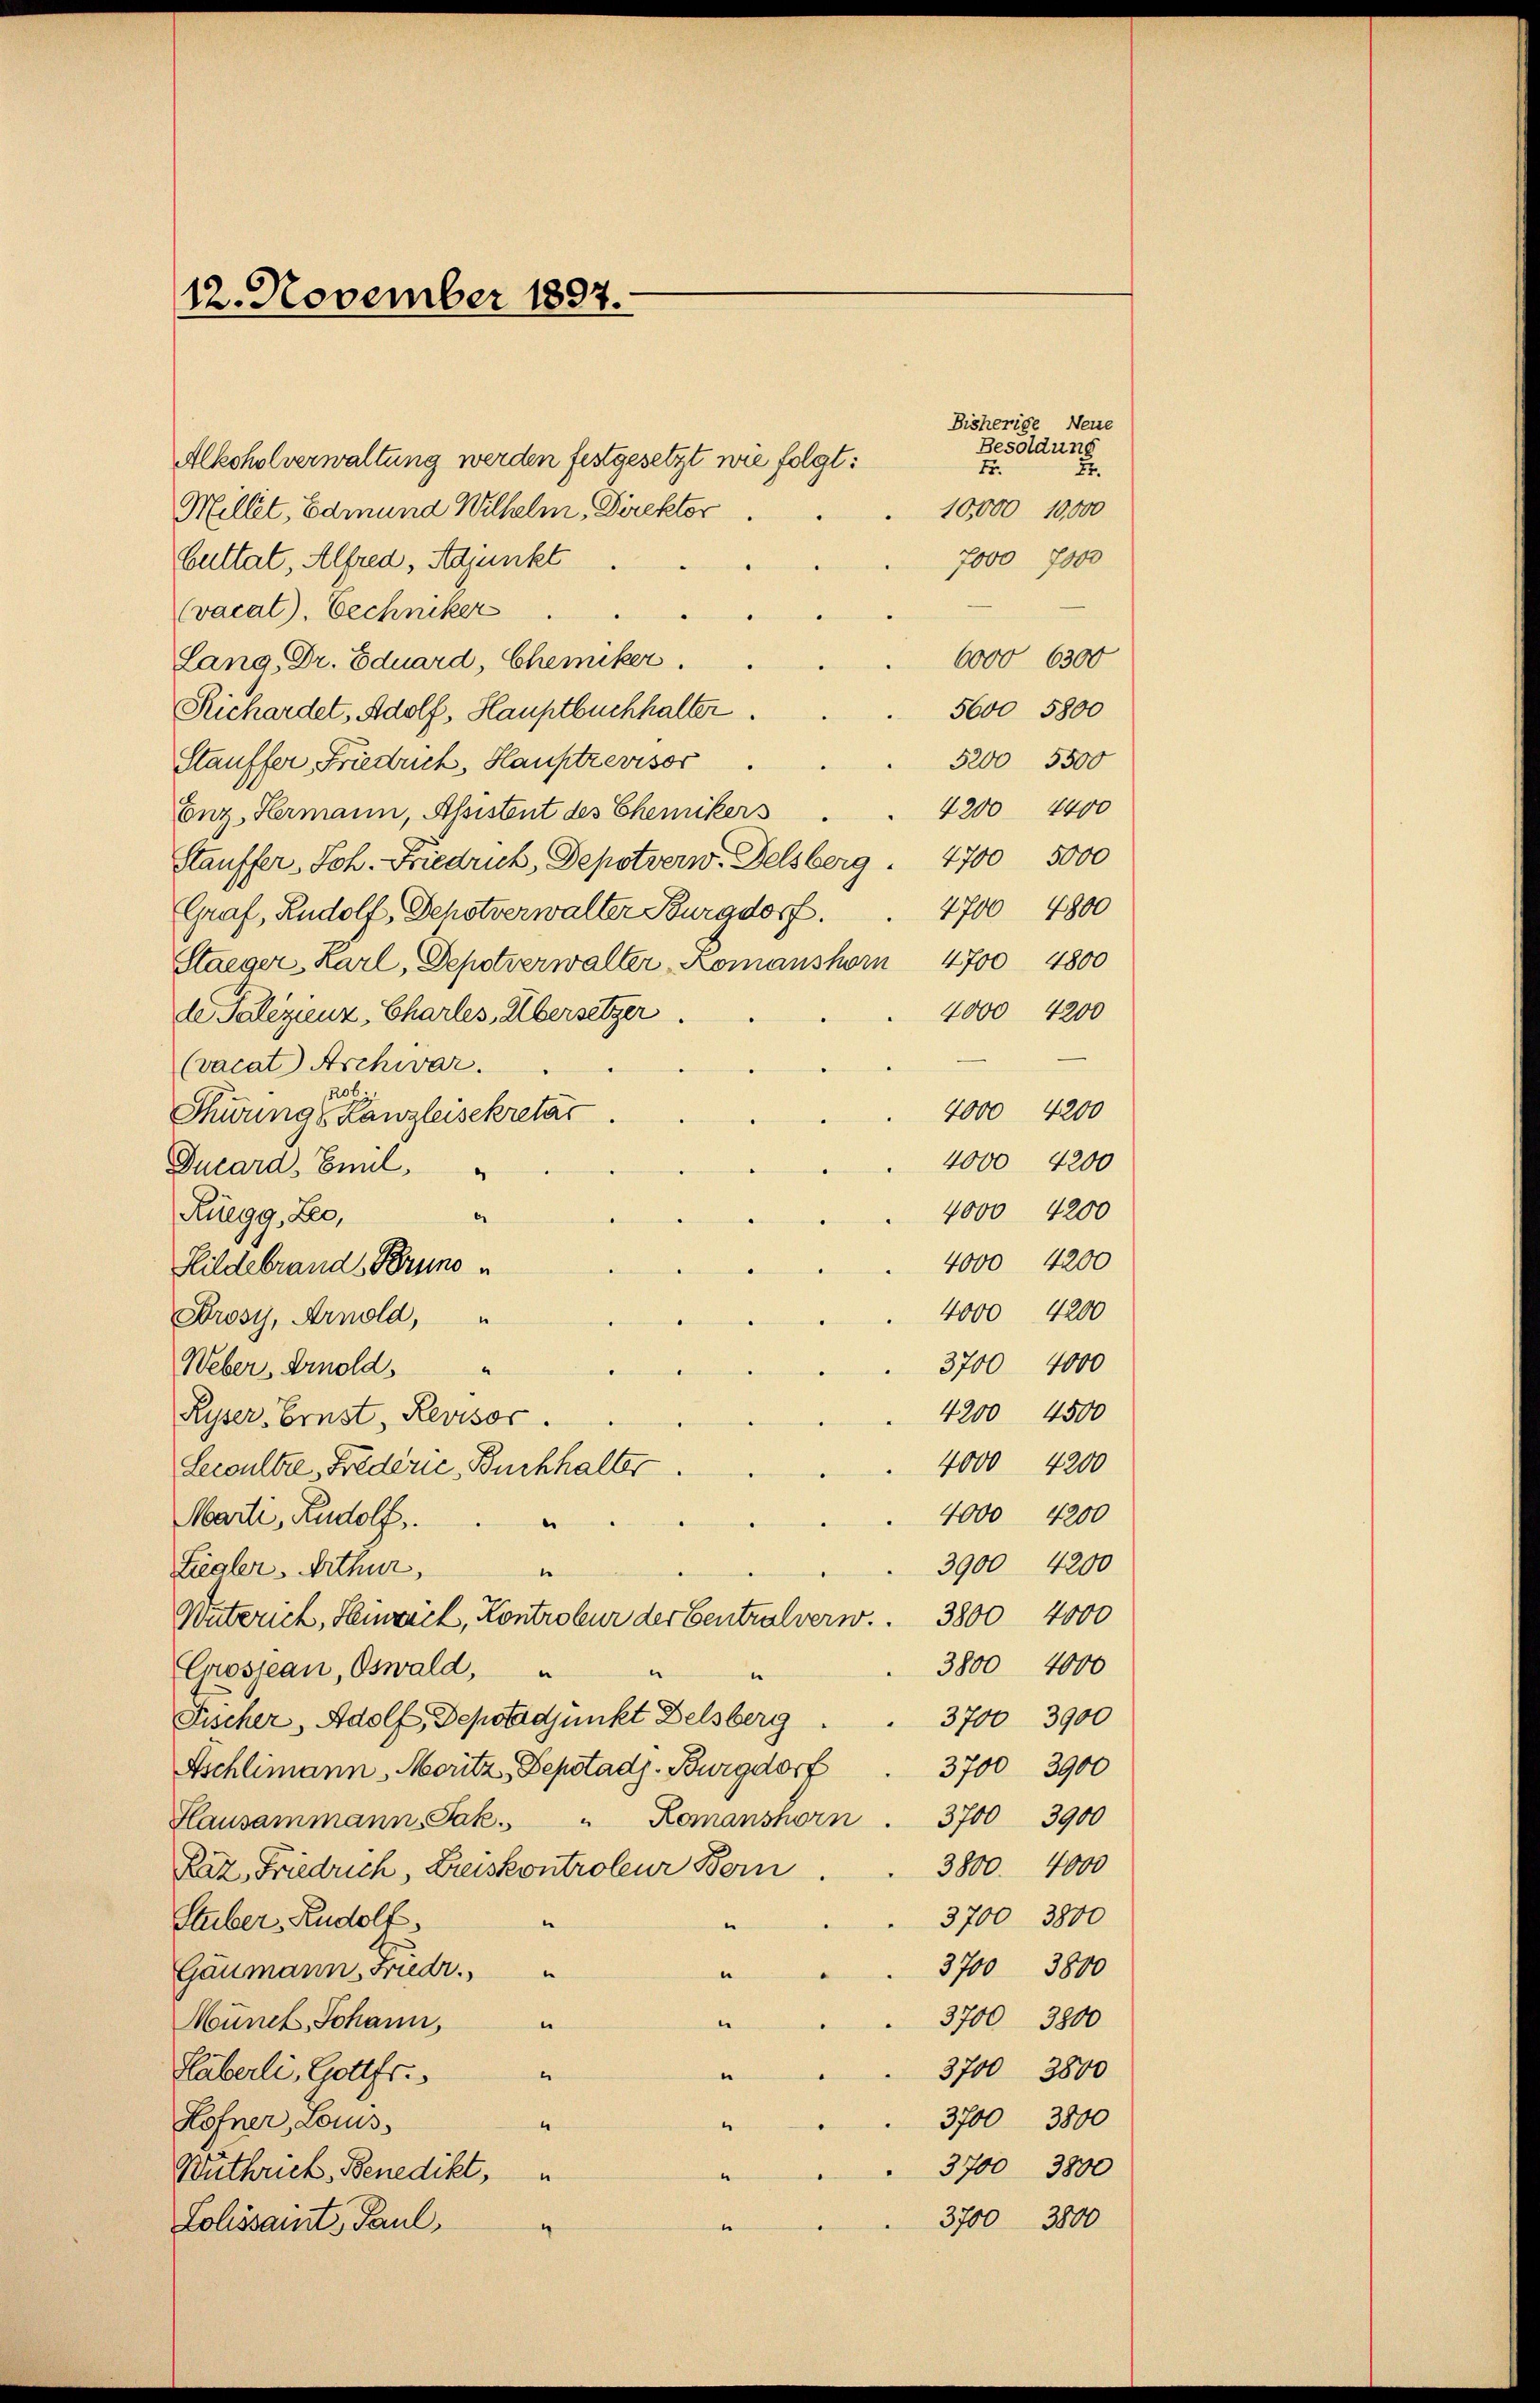
12. November 1897.

Alkoholverwaltung werden festgesetzt wie folgt:
Millet, Edmund Wilhelm, Direktor
7000 7000
bultat, Alfred, Adjunkt
(vacal), Eechniker
6000 6300
Lang, Dr. Eduard, Chemiker
5600 5800
Richardet, Adolf, Hauptbuchhalter.
5200 5500
Stauffer Friedrich, Hauptrevisor
4200 4400
Enz, Hermann, Assistent des Chemikers
Stauffer, Joh. Friedruck, Depotverw. Delsberg. 4700 5000
4700 4800
Graf, Rudolf, Depotverwalter Burgdorf.
Staeger Karl, Depotverwalter Romanshorn 4700 4800
4000 4200
de Palizienz, Charles, Übersetzer
(vacat Aschwar.
206.
4000 4200
Schwunge Kanzleisekretär
4000 4200
Ducard, Beil,
4000 4200
Ruegg, Leo,
4000 4200
4000 4200
Drosy, Arnold,
3700 4000
Weber, Arnold,
4200 4500
Ryser Ernst, Revisor
4000 4200
Lecoulte Frederie, Buchhalter
4000 4200
Marti, Rudolf,
e
3900 4200
Liealer. Arthur,
.
Waterich, Heinrick, Kontrobur der Centralver . . 3800 4000
3800 4000
Grosseau, Oswald,
e
3700 3900
Fischer, Adolf, Depotadjunkt Delsberg
3700 3900
Ischlimann, Moritz, Depotadj. Burgdorf
Slausammann, Jak. " Romanshorn . 3700 3900
3800. 4000
Raz, Friedrich, Kreiskontroleur Bern
3700 3800
Stuber, Rudolf,
e
370 3800
Gaumann Friedr.
3700 3800
.
Münch, Johann,
3700 3800
Häberli, Gottfr.
e
e
37 3800
Hofner, Louis
“
3700 3800
Wuthrich, Benedikt,
37 3800
Lolissamt Paul,
4

Hildebrand Bruno

Besoldung
15.

Bisherige Neue
27.
10,000 10,000